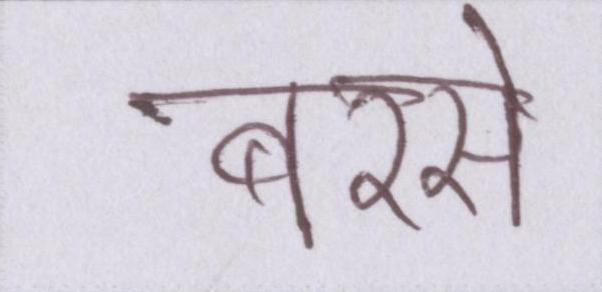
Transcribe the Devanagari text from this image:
बरसे